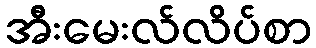
အီးမေးလ်လိပ်စာ